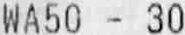
WA50 - 30